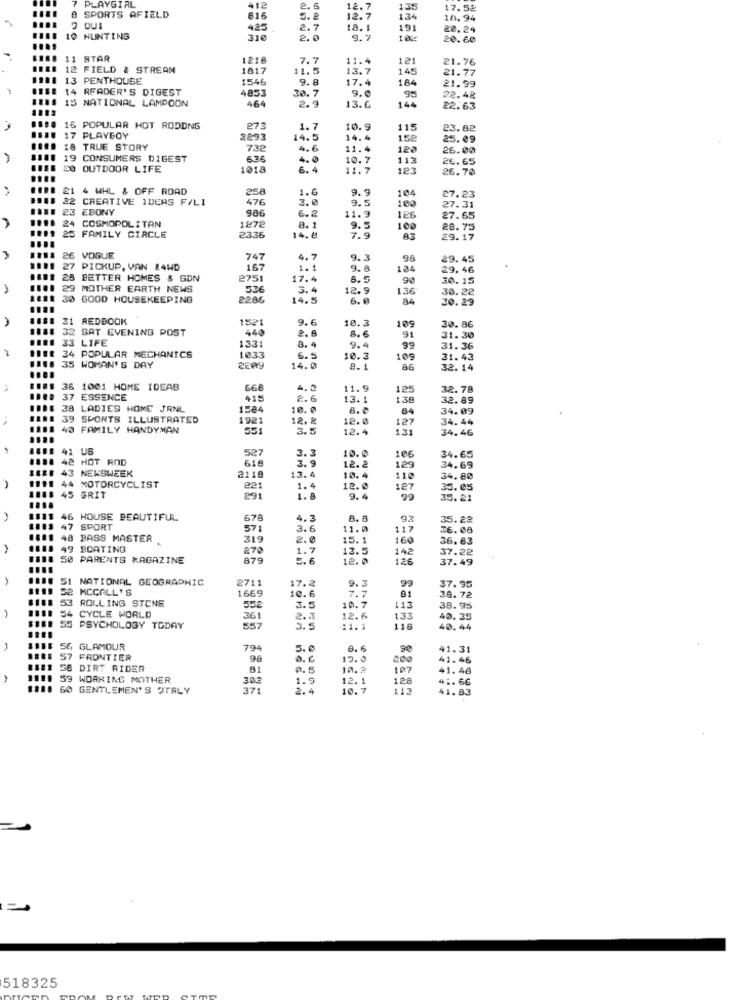
PLAYGIRL
412
2.5
135
17.5%
SPORTS AFIELD
816
S.2
12.7
134
12. 94
...
9 OUI
425
2.7
18.1
191
20.24
10 HUNTING
310
2. 0
9.7
20.60
11 STAR
1218
7.7
11.4
121
21.76
12 FIELD & STREAM
1817
11.5
13.7
145
21.77
13
PENTHOUSE
1546
9.8
17.4
184
21.99
14 READER'S DIGEST
4853
9.0
15 NATIONAL LAMPOON
464
30.7
22.42
2.9
13.0
144
22.63
16 POPULAR HOT RODDNS
273
1.7
10.9
115
23.82
17 PLAYBOY
2293
14.5
14.4
152
25.09
###. 18 TRUE STORY
732
4.6
11.4
120
26.00
#### 19 CONSUMERS DIGEST
6.36
4.0
10.7
113
26.65
BIS8 20 OUTDOOR LIFE
1018
6. 4
11.7
123
26.70
###: 21 4 WHL & OFF ROAD
258
1.6
9.9
104
#9.8 22 CREATIVE IDEAS F/LI
476
3.0
9.5
100
27.23
EBONY
906
126
27.31
COSMOPOLITAN
1872
6.2
11.9
27.65
24
8. 1
9.5
100
28.75
25 FAMILY CIRCLE
2336
14. 8
7.9
29.17
26 VOGUE
747
4.7
9.3
9.8
29. 45
27
27 PICKUP, VAN &4WD
167
1.1
9.8
104
29.46
28 BETTER HOMES & GDN
2751
17.4
8.5
90
30.15
29 MOTHER EARTH NEWS
526
3.4
12.9
136
30.22
30 GOOD HOUSEKEEPING
2286
14.5
84
30.29
31 REDBOOK
1521
9.6
109
30.86
32 SAT EVENING POST
440
2.6
10.3
91
33 LIFE
1331
8.4
9.4
31.30
99
31. 36
34 POPULAR MECHANICS
1033
6.5
10.3
109
31. 43
35 WOMAN'S DAY
2209
14.0
8.1
86
32.14
36 1001 HOME IDEAS
4. 2
11.9
125
32.78
37 ESSENCE
415
13.1
138
32.89
38 LADIES HOME JRNL
1584
10.0
8.
84
34.09
39 SPORTS ILLUSTRATED
1921
12.8
12.0
127
34.44
40 FAMILY HANDYMAN
55
5
12.4
131
34.46
41 US
527
106
HOT ROD
619
3.3
10.0
34.65
43
NEWSWEEK
2119
12.2
129
34.69
13.4
10.4
110
34.80
#### 44 MOTORCYCLIST
221
1.4
12.0
127
35.05
45 GRIT
291
1.8
9.4
99
35.21
....
1811 46 HOUSE BEAUTIFUL
678
4.3
8.8
35.22
47 SPORT
571
3.6
11.0
117
36.08
48 BASS MASTER
319
2.0
15.1
160
36. 83
49 BOATING
270
1.7
12.5
142
37.22
50 PARENTS MAGAZINE
879
5. 6
12.0
126
37.49
51 NATIONAL GEOGRAPHIC
2711
17.2
99
S2 MCCALL'S
1669
7.7
9.3
01
37.95
53
ROLLING STONE
10.6
38.72
54
55%
3.5
10.7
113
38.95
CYCLE WORLD
361
2.3
12.6
133
40.35
55 PSYCHOLOGY TODAY
557
5.5
11.1
118
40.44
56 GLAMOUR
794
5.0
8.6
90
41.31
57
FRONTIER
90
12.0
200
41.46
DIRT RIDER
0.5
10.2
107
41.48
59 WORKING MOTHER
303
1.9
12. 1
128
41.66
....
0 GENTLEMEN'S ITALY
371
2.4
10.7
113
41. 83
518325